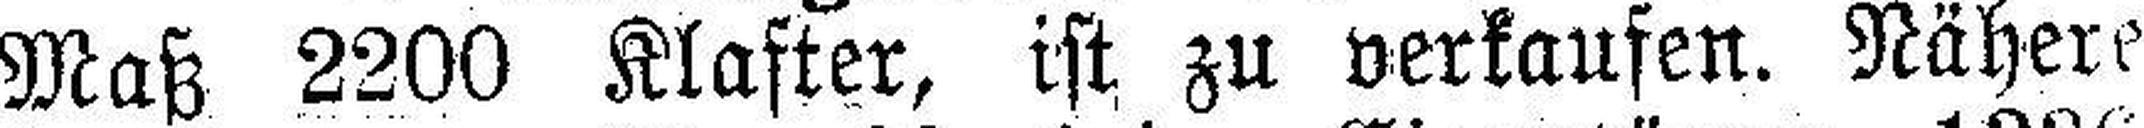
Maß 2200 Klafter, ist zu verkaufen. Nähere